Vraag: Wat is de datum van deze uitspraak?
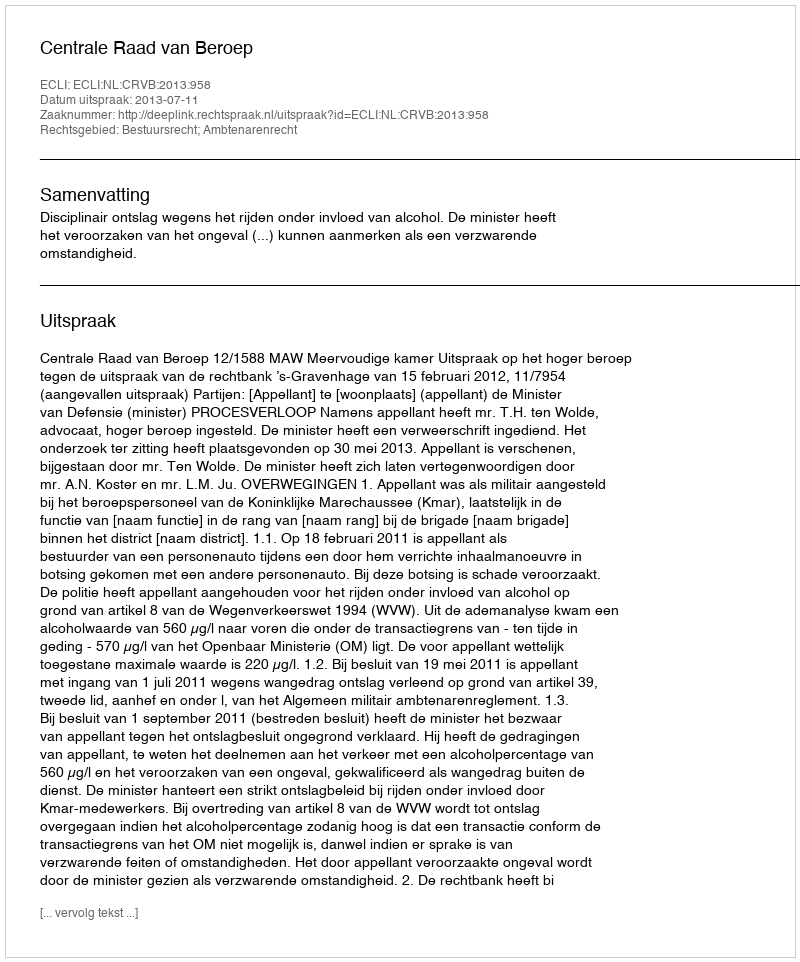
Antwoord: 2013-07-11